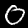
Digit: 0